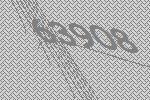
63908